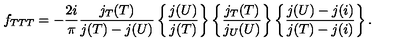
f _ { T T T } = - { \frac { 2 i } { \pi } } \frac { j _ { T } ( T ) } { j ( T ) - j ( U ) } \left\{ \frac { j ( U ) } { j ( T ) } \right\} \left\{ \frac { j _ { T } ( T ) } { j _ { U } ( U ) } \right\} \left\{ \frac { j ( U ) - j ( i ) } { j ( T ) - j ( i ) } \right\} .